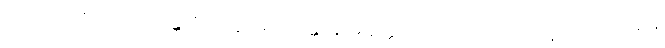
ပဝိဋ္ဌံ ကောစိ ပလာလသန္ထာရံ ကတွာ ဓာရေန္တော နာမ နတ္ထိ, ဝါယောဓာတုဝသေနေဝ တိဋ္ဌတိ။ ဌိတံ